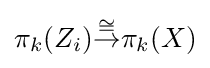
\pi _{k}(Z_{i}){\stackrel {\cong }{\to }}\pi _{k}(X)